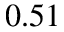
0 . 5 1